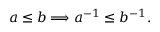
a \leq b \Longrightarrow a ^ { - 1 } \leq b ^ { - 1 } .